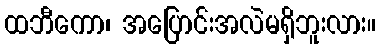
ထဘီကော၊ အပြောင်းအလဲမရှိဘူးလား။